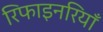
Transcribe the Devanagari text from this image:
रिफाइनरियाँ